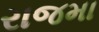
રાજમા